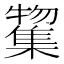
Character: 𭬲